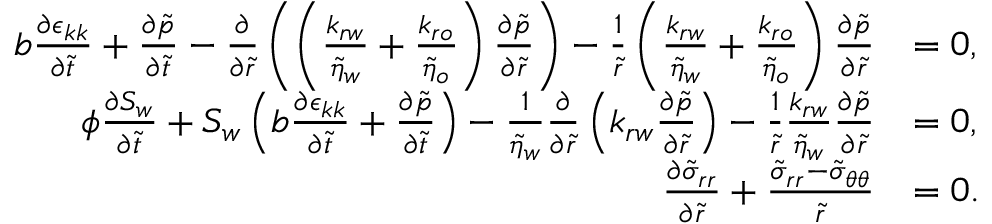
\begin{array} { r l } { b \frac { \partial \epsilon _ { k k } } { \partial \tilde { t } } + \frac { \partial \tilde { p } } { \partial \tilde { t } } - \frac { \partial } { \partial \tilde { r } } \left( \left( \frac { k _ { r w } } { \tilde { \eta } _ { w } } + \frac { k _ { r o } } { \tilde { \eta } _ { o } } \right) \frac { \partial \tilde { p } } { \partial \tilde { r } } \right) - \frac { 1 } { \tilde { r } } \left( \frac { k _ { r w } } { \tilde { \eta } _ { w } } + \frac { k _ { r o } } { \tilde { \eta } _ { o } } \right) \frac { \partial \tilde { p } } { \partial \tilde { r } } } & { = 0 , } \\ { \phi \frac { \partial S _ { w } } { \partial \tilde { t } } + S _ { w } \left( b \frac { \partial \epsilon _ { k k } } { \partial \tilde { t } } + \frac { \partial \tilde { p } } { \partial \tilde { t } } \right) - \frac { 1 } { \tilde { \eta } _ { w } } \frac { \partial } { \partial \tilde { r } } \left( k _ { r w } \frac { \partial \tilde { p } } { \partial \tilde { r } } \right) - \frac { 1 } { \tilde { r } } \frac { k _ { r w } } { \tilde { \eta } _ { w } } \frac { \partial \tilde { p } } { \partial \tilde { r } } } & { = 0 , } \\ { \frac { \partial \tilde { \sigma } _ { r r } } { \partial \tilde { r } } + \frac { \tilde { \sigma } _ { r r } - \tilde { \sigma } _ { \theta \theta } } { \tilde { r } } } & { = 0 . } \end{array}